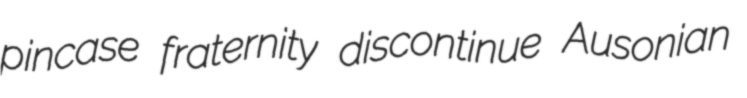
pincase fraternity discontinue Ausonian